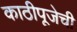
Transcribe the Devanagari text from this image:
काठीपूजेची